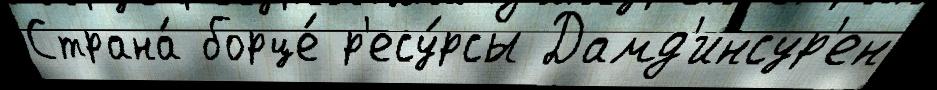
Страна́ борце́ р'есу́рсы Дамд'инсур'ен